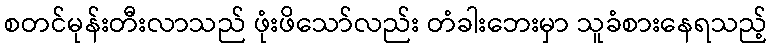
စတင်မုန်းတီးလာသည် ဖုံးဖိသော်လည်း တံခါးဘေးမှာ သူခံစားနေရသည့်